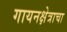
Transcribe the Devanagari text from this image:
गायनक्षेत्राचा